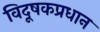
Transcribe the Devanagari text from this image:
विदूषकप्रधान